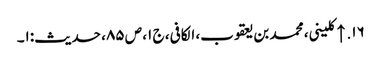
۱۶. ↑ کلینی، محمد بن یعقوب، الکافی، ج ۱، ص ۸۵، حدیث:۱۔